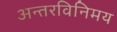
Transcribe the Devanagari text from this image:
अन्तरविनिमय